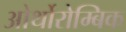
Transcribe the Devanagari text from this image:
ओर्थोरोम्बिक